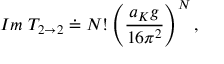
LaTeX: I m ~ T _ { 2 \rightarrow 2 } \doteq N ! \left( \displaystyle { \frac { a _ { K } g } { 1 6 \pi ^ { 2 } } } \right) ^ { N } ,